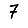
Digit: 7